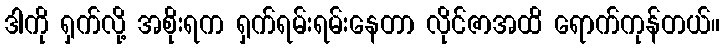
ဒါကို ရှက်လို့ အစိုးရက ရှက်ရမ်းရမ်းနေတာ လိုင်ဇာအထိ ရောက်ကုန်တယ်။